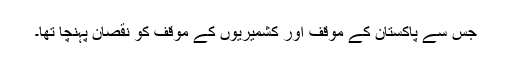
جس سے پاکستان کے موقف اور کشمیریوں کے موقف کو نقصان پہنچا تھا۔